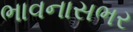
ભાવનાસભર